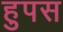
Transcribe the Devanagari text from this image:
हुपस